Annual returns of the Patna Lunatic Asylum at Bankipore in Bihar and Orissa - 1912-1924
Year: 1912
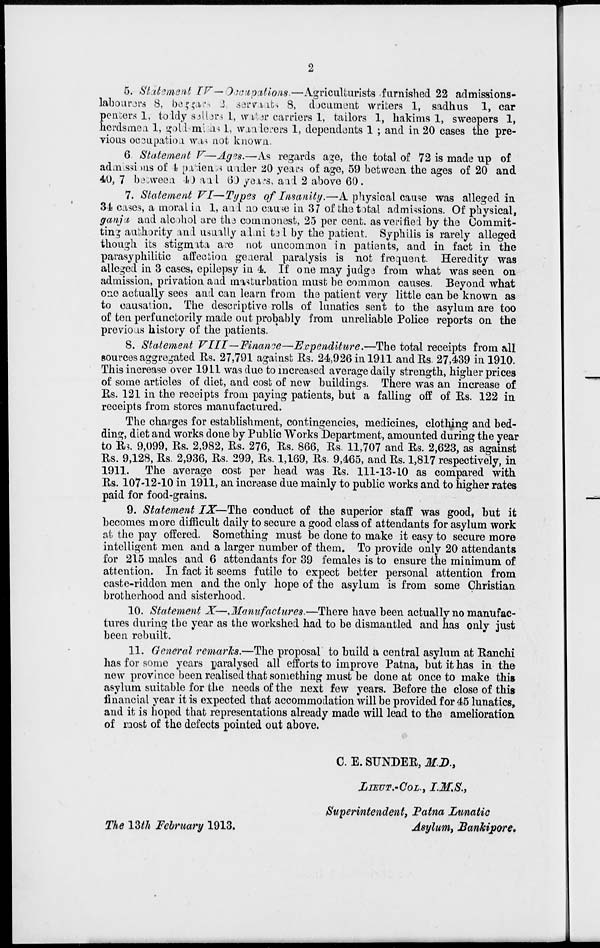
2
5. Statement IV— Occupations.—Agriculturists furnished 22 admissions-
labourers 8, begger, 2
servants 8, document writers 1, sadhus 1, car
penters 1, toddy sellers 1, water carriers 1, tailors 1, hakims 1, sweepers 1,
herdsmen 1, goldsmiths 1, wanderers 1, dependents 1 ; and in 20 cases the pre-
vious occupation was not known.
6. Statement V—Ages.—As regards age, the total of 72 is made up of
admissions of 4 patients under 20 years of age, 59 between the ages of 20 and
40, 7 between 40 and 60 years, and 2 above 60.
7. Statement VI—Types of Insanity.—A physical cause was alleged in
34 cases, a moral in 1, and no cause in 37 of the total admissions. Of physical,
ganja and alcohol are the commonest, 25 per cent. as verified by the Commit-
ting authority and usually admitted by the patient. Syphilis is rarely alleged
though its stigmata are not uncommon in patients, and in fact in the
parasyphilitic affection general paralysis is not frequent. Heredity was
alleged in 3 cases, epilepsy in 4. If one may judge from what was seen on
admission, privation and masturbation must be common causes. Beyond what
one actually sees and can learn from the patient very little can be known as
to causation. The descriptive rolls of lunatics sent to the asylum are too
of ten perfunctorily made out probably from unreliable Police reports on the
previous history of the patients.
8. Statement VIII—Finance—Expenditure.—The
total receipts from all
sources aggregated Rs. 27,791 against Rs. 24,926 in 1911 and Rs. 27,439 in 1910.
This increase over 1911 was due to increased average daily strength, higher prices
of some articles of diet, and cost of new buildings. There was an increase of
Rs. 121 in the receipts from paying patients, but a falling off of Rs. 122 in
receipts from stores manufactured.
The charges for establishment, contingencies, medicines, clothing and bed-
ding, diet and works done by Public Works Department, amounted during the year
to Rs. 9,099, Rs. 2,982, Rs. 276, Rs. 866, Rs. 11,707 and Rs. 2,623, as against
Rs. 9,128, Rs. 2,936, Rs. 299, Rs. 1,169, Rs. 9,465, and Rs. 1,817 respectively, in
1911. The average cost per head was Rs. 111-13-10 as compared with
Rs. 107-12-10 in 1911, an increase due mainly to public works and to higher rates
paid for food-grains.
9. Statement IX— The conduct of the superior staff was good, but it
becomes more difficult daily to secure a good class of attendants for asylum work
at the pay offered. Something must be done to make it easy to secure more
intelligent men and a larger number of them. To provide only 20 attendants
for 215 males and 6 attendants for 39 females is to ensure the minimum of
attention. In fact it seems futile to expect better personal attention from
caste-ridden men and the only hope of the asylum is from some Christian
brotherhood and sisterhood.
10. Statement X—Manufactures.—There
have been actually no manufac-
tures during the year as the workshed had to be dismantled and has only just
been rebuilt.
11. General remarks.—The proposal to build a central asylum at Ranchi
has for some years paralysed all efforts to improve Patna, but it has in the
new province been realised that something must be done at once to make this
asylum suitable for the needs of the next few years. Before the close of this
financial year it is expected that accommodation will be provided for 45 lunatics,
and it is hoped that representations already made will lead to the amelioration
of most of the defects pointed out above.
The 13th February 1913.
C. E. SUNDER, M.D.,
LIEUT.-COL., I.M.S.,
Superintendent, Patna Lunatic
Asylum, Bankipore.